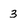
Character: 3